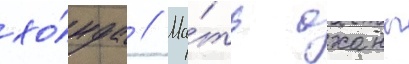
хо́нда // Ма́ть оханы